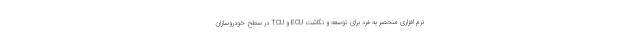
نرم افزاری منحصر به فرد برای توسعه و نگاشت ECU و TCU در سطح خودروسازان